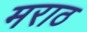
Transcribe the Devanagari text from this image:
मराठ